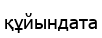
құйындата